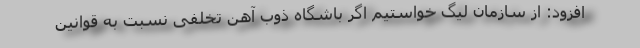
افزود: از سازمان لیگ خواستیم اگر باشگاه ذوب آهن تخلفی نسبت به قوانین